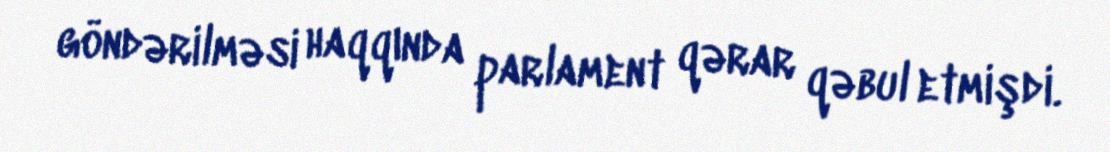
göndərilməsi haqqında parlament qərar qəbul etmişdi.